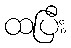
ထပြီး